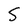
Character: S